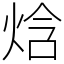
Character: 焓